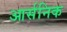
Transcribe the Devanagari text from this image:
आर्सनिक